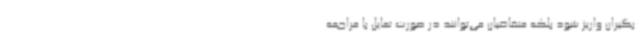
‌بگیران واریز شود بلکه متقاضیان می‌توانند در صورت تمایل با مراجعه